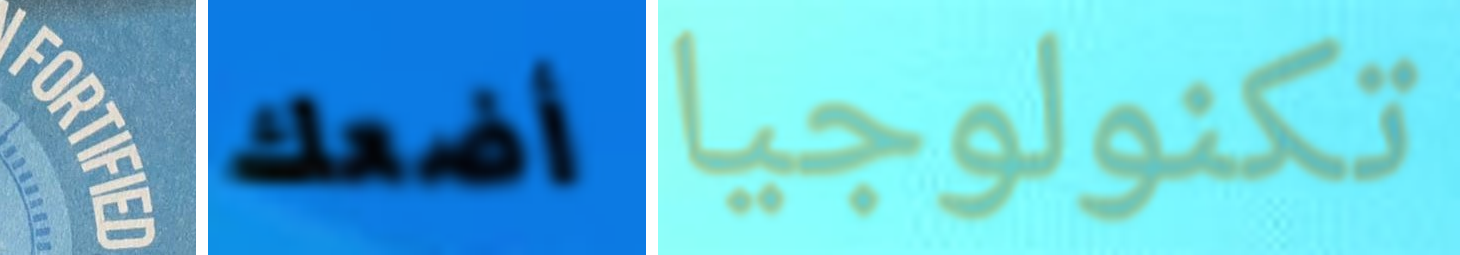
FORTIFIED أضعك تكنولوجيا